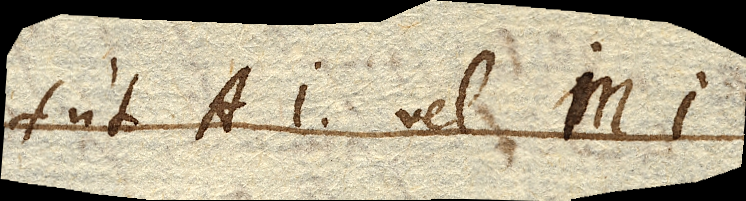
ut A. vel MI.